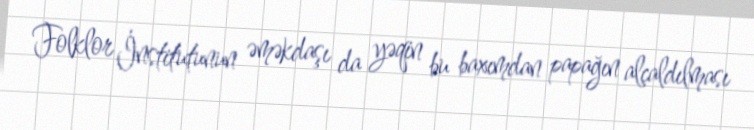
Folklor İnstitutunun əməkdaşı da yəqin bu baxımdan papağın alçaldılması